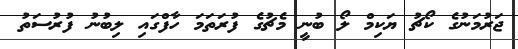
ޖަރުމަނުގެ ކޯޗު ޔަކިމް ލޯ ބުނީ މެޗުގެ ފުރަތަމަ ހާފްގައި ލިބުނު ފުރުސަތު